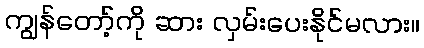
ကျွန်တော့်ကို ဆား လှမ်းပေးနိုင်မလား။